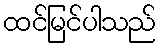
ထင်မြင်ပါသည်